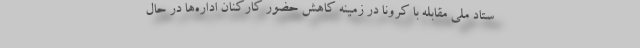
ستاد ملی مقابله با کرونا در زمینه کاهش حضور کارکنان اداره‌ها در حال